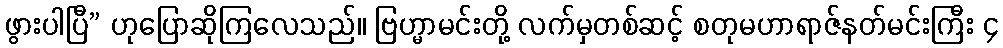
ဖွားပါပြီ” ဟုပြောဆိုကြလေသည်။ ဗြဟ္မာမင်းတို့ လက်မှတစ်ဆင့် စတုမဟာရာဇ်နတ်မင်းကြီး ၄